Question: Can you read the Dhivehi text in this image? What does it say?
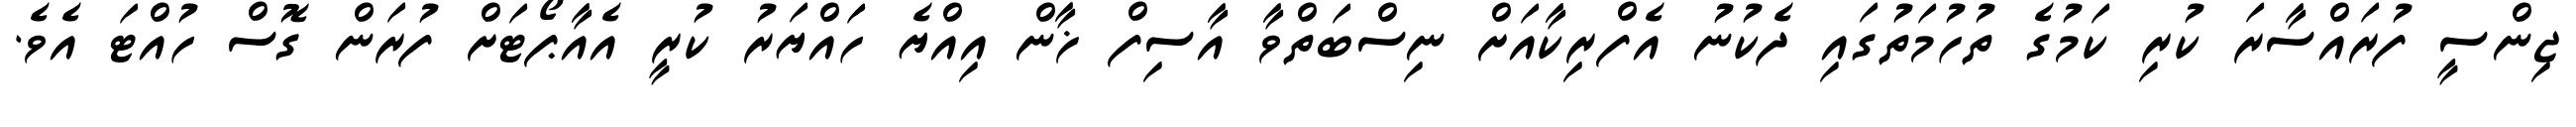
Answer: ޖިންސީ ފުރައްސާރަ ކުރި ކަމުގެ ތުހުމަތުގައި ދެކުނު އެފްރިކާއަށް ނިސްބަތްވާ އާސިފް ޚާން އިއްޔެ ހައްޔަރު ކުރީ އެއާޕޯޓަށް ފުރަން ގޮސް ހުއްޓަ އެވެ.